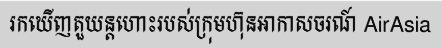
រកឃើញតួយន្តហោះរបស់ក្រុមហ៊ុនអាកាសចរណ៍ AirAsia